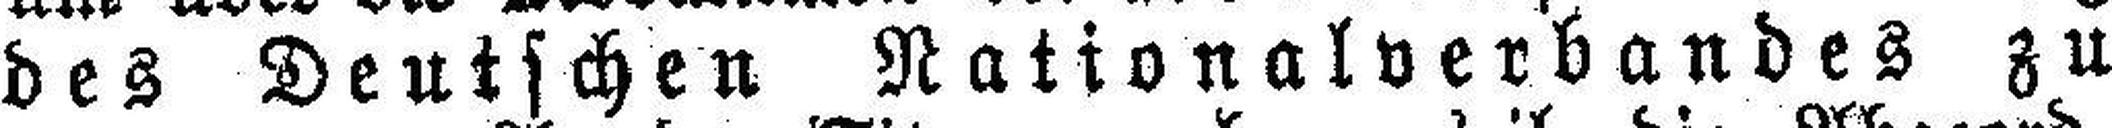
des Deutschen Nationalverbandes zu